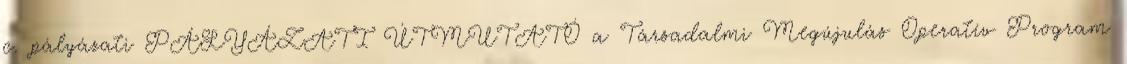
c. pályázati PÁLYÁZATI ÚTMUTATÓ a Társadalmi Megújulás Operatív Program